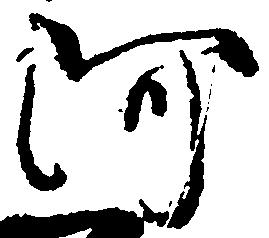
阿